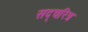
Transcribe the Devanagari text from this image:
सद्चरित्र